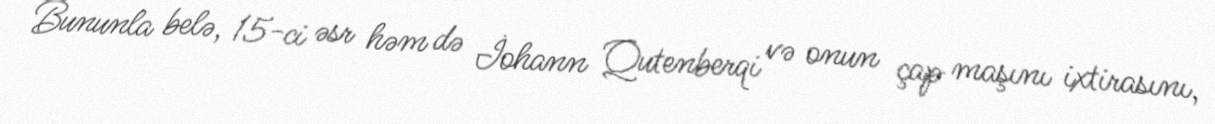
Bununla belə, 15-ci əsr həm də İohann Qutenberqi və onun çap maşını ixtirasını,